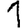
Digit: 1